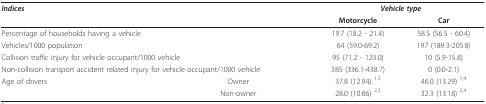
<table><thead><tr><td colspan="2"><b><i>Indices</i></b></td><td colspan="2"><b><i>Vehicle type</i></b></td></tr><tr><td></td><td></td><td><b>Motorcycle</b></td><td><b>Car</b></td></tr></thead><tbody><tr><td colspan="2">Percentage of households having a vehicle</td><td>19.7 (18.2 - 21.4)</td><td>58.5 (56.5 - 60.4)</td></tr><tr><td colspan="2">Vehicles/1000 population</td><td>64 (59.0-69.2)</td><td>197 (189.3-205.8)</td></tr><tr><td colspan="2">Collision traffic injury for vehicle occupant/1000 vehicle</td><td>95 (71.2 - 123.0)</td><td>10 (5.9-15.8)</td></tr><tr><td colspan="2">Non-collision transport accident related injury for vehicle occupant/1000 vehicle</td><td>385 (336.1-438.7)</td><td>0 (0.0-2.1)</td></tr><tr><td>Age of drivers</td><td>Owner</td><td>37.8 (12.94) <sup>1,3</sup></td><td>46.0 (13.29) <sup>1,4</sup></td></tr><tr><td></td><td>Non-owner</td><td>28.0 (10.86) <sup>2,3</sup></td><td>32.3 (13.18) <sup>2,4</sup></td></tr></tbody></table>